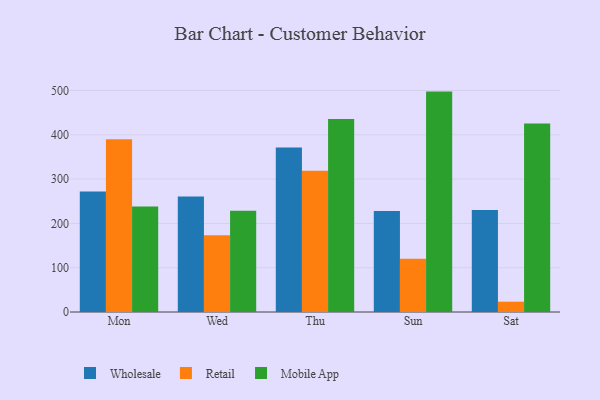
{"axis": {"x": "Day", "y": "Conversion Rate (%)"}, "legend": ["Mobile App", "Retail", "Wholesale"], "data": [{"x": "Mon", "y": 271.9, "type": "Wholesale"}, {"x": "Mon", "y": 390.0, "type": "Retail"}, {"x": "Mon", "y": 238.0, "type": "Mobile App"}, {"x": "Wed", "y": 260.5, "type": "Wholesale"}, {"x": "Wed", "y": 173.4, "type": "Retail"}, {"x": "Wed", "y": 228.4, "type": "Mobile App"}, {"x": "Thu", "y": 371.2, "type": "Wholesale"}, {"x": "Thu", "y": 319.0, "type": "Retail"}, {"x": "Thu", "y": 435.7, "type": "Mobile App"}, {"x": "Sun", "y": 227.7, "type": "Wholesale"}, {"x": "Sun", "y": 120.1, "type": "Retail"}, {"x": "Sun", "y": 497.4, "type": "Mobile App"}, {"x": "Sat", "y": 230.2, "type": "Wholesale"}, {"x": "Sat", "y": 23.3, "type": "Retail"}, {"x": "Sat", "y": 425.4, "type": "Mobile App"}]}